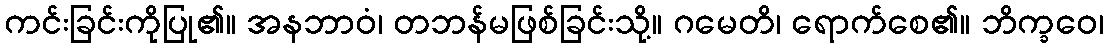
ကင်းခြင်းကိုပြု၏။ အနဘာဝံ၊ တဘန်မဖြစ်ခြင်းသို့။ ဂမေတိ၊ ရောက်စေ၏။ ဘိက္ခဝေ၊